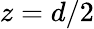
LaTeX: z=d/2